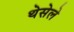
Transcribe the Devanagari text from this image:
थेसेले